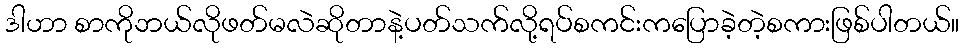
ဒါဟာ စာကိုဘယ်လိုဖတ်မလဲဆိုတာနဲ့ပတ်သက်လို့ရပ်စကင်းကပြောခဲ့တဲ့စကားဖြစ်ပါတယ်။